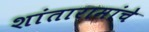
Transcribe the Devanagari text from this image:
शांतारामांचे